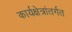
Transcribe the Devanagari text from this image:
कार्यक्षेत्रांतर्गत